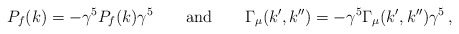
\begin{align*}P_f(k) = - \gamma^5 P_f(k) \gamma^5 \qquad {\rm and} \qquad \Gamma_\mu(k', k'') = - \gamma^5 \Gamma_\mu (k', k'') \gamma^5 \,, \end{align*}